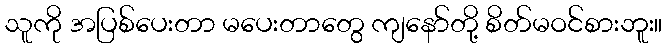
သူကို အပြစ်ပေးတာ မပေးတာတွေ ကျနော်တို့ စိတ်မဝင်စားဘူး။